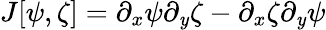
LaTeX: J[\psi,\zeta]=\partial_{x}\psi\partial_{\mathit{y}}\zeta-\partial_{x}\zeta\partial_{\mathit{y}}\psi